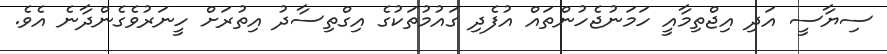
ސިޔާސީ އަދި އިޖްތިމާއީ ހަމަނުޖެހުންތައް އުފެދި ގައުމުތަކުގެ އިގްތިސާދު އިތުރަށް ހީނަރުވެގެންދާނެ އެވެ.